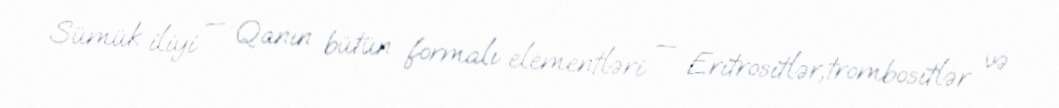
Sümük iliyi — Qanın bütün formalı elementləri — Eritrositlər,trombositlər və